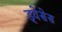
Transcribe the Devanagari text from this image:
ड्वेसेस